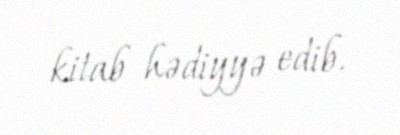
kitab hədiyyə edib.